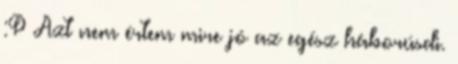
:P Azt nem értem mire jó az egész háborúsdi.